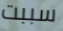
سببت